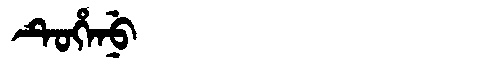
Manchu: ᡨᡠᡥᡝᠨᡠ
Romanization: TUHENU